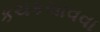
કચકચાવવા